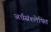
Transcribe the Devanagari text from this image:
अर्धसंश्लेषित